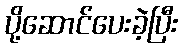
ပို့ဆောင်ပေးခဲ့ပြီး